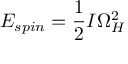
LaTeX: E _ { s p i n } = { \frac { 1 } { 2 } } I \Omega _ { H } ^ { 2 }